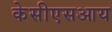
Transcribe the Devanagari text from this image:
केसीएसआय